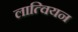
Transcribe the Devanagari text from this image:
लात्वियन